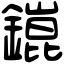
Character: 𨬌